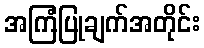
အကြံပြုချက်အတိုင်း